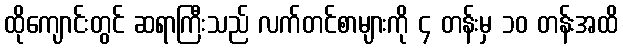
ထိုကျောင်းတွင် ဆရာကြီးသည် လက်တင်စာများကို ၄ တန်းမှ ၁၀ တန်းအထိ